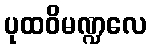
ပုထဝိမဏ္ဍလေ